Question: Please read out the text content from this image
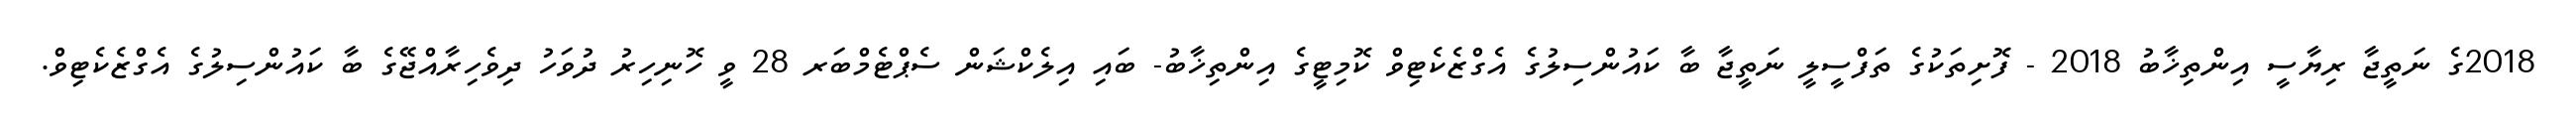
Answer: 2018ގެ ނަތީޖާ ރިޔާސީ އިންތިޚާބު 2018 - ފޮށިތަކުގެ ތަފްސީލީ ނަތީޖާ ބާ ކައުންސިލުގެ އެގްޒެކެޓިވް ކޮމިޓީގެ އިންތިޚާބު- ބައި އިލެކްޝަން ސެޕްޓެމްބަރ 28 ވީ ހޮނިހިރު ދުވަހު ދިވެހިރާއްޖޭގެ ބާ ކައުންސިލުގެ އެގްޒެކެޓިވް.